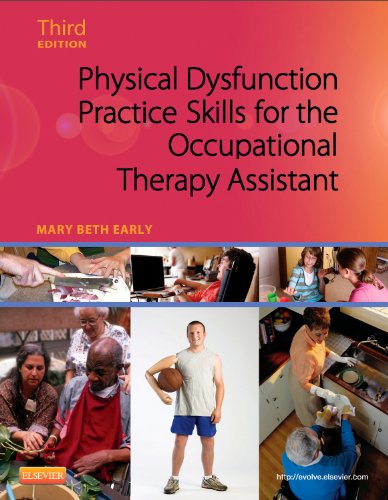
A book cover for Physical Dysfunction Practice Skills for the Occupational Therapy Assistant, 3e; Mary Beth Early MS  OTR/L; Medical Books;